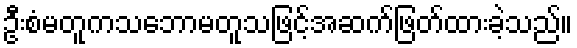
ဦးစံမတူကသဘောမတူသဖြင့်အဆက်ဖြတ်ထားခဲ့သည်။